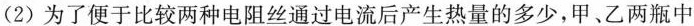
(2) 为了便于比较两种电阻丝通过电流后产生热量的多少，甲、乙两瓶